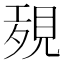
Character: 𧠱